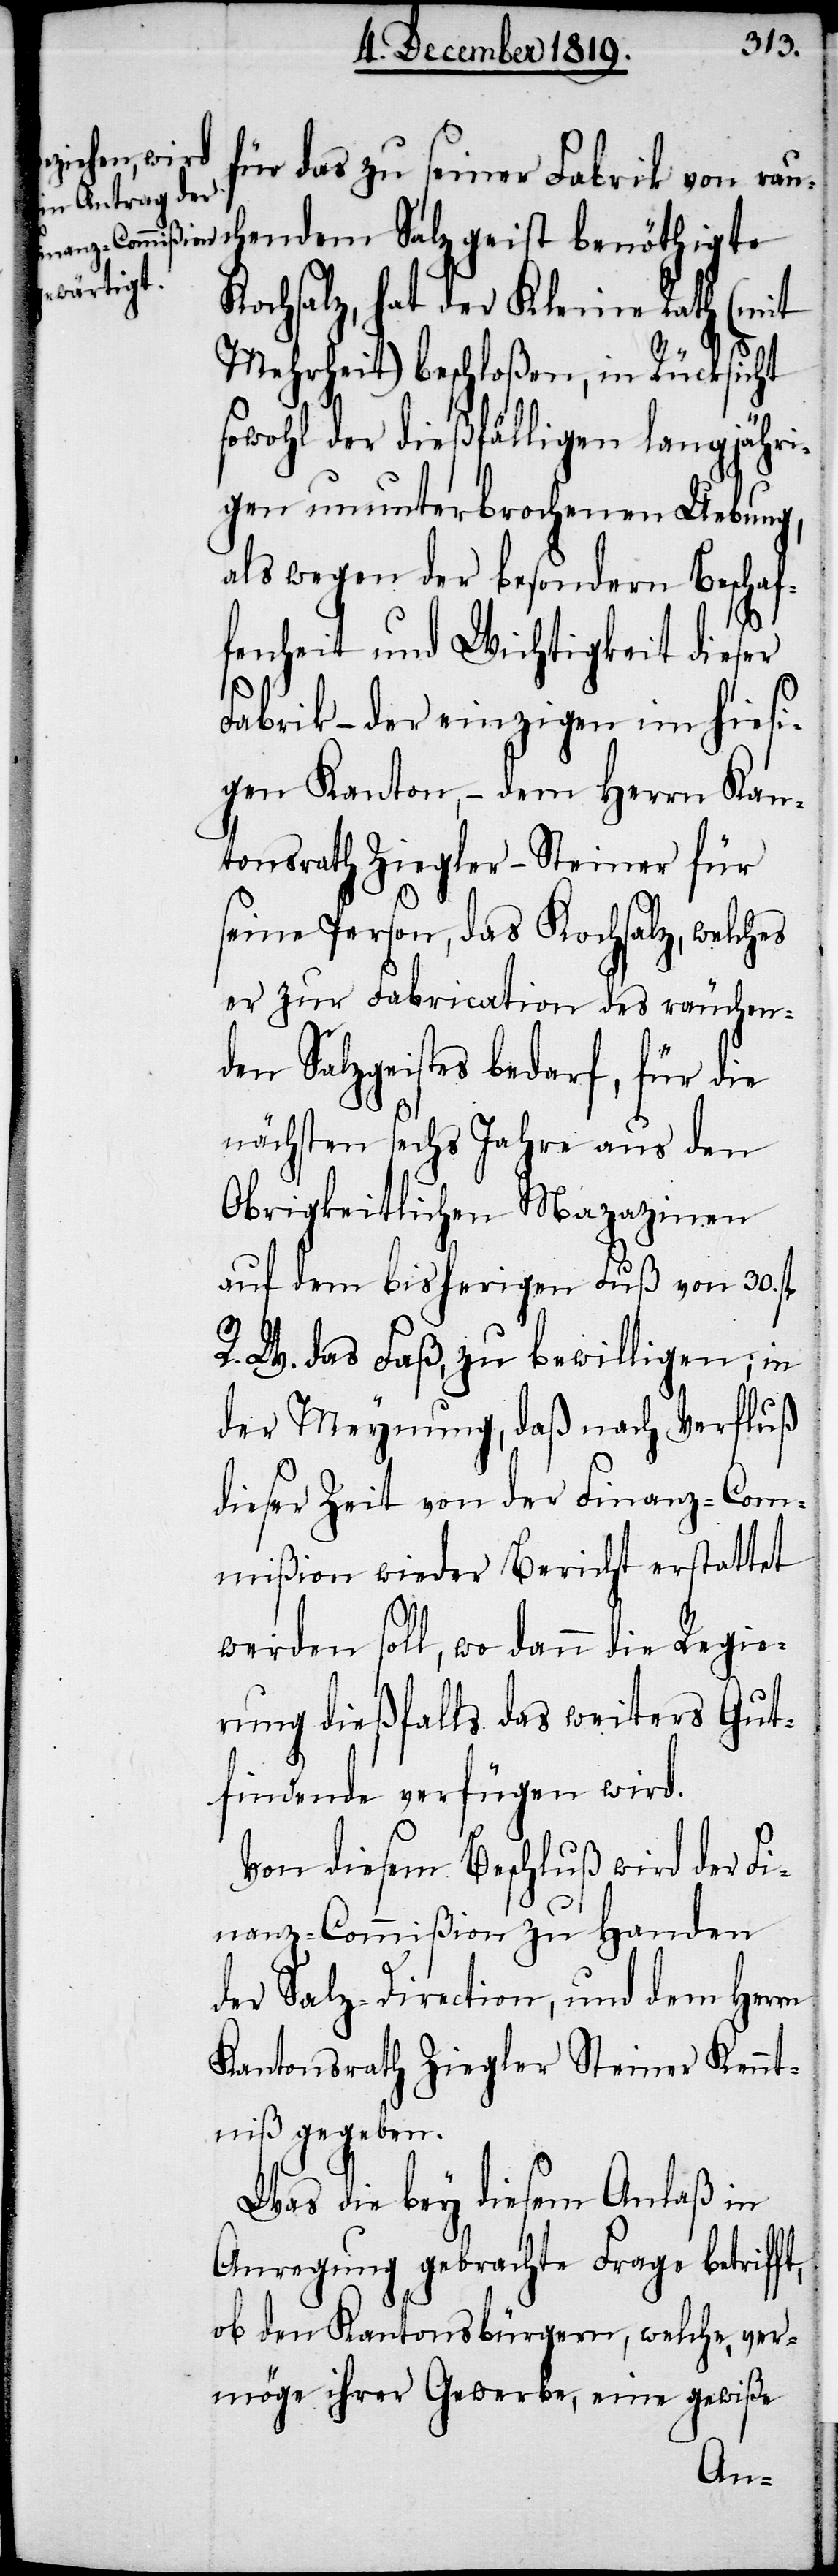
für das zu seiner Fabrik von r¬
auchendem Salzgeist benöthigte
Kochsalz, hat der Kleine Rath (mit
Mehrheit) beschloßen, in Rücksicht
sowohl der dießfälligen langjähri¬
gen ununterbrochenen Uebung,
als wegen der besondern Beschaf¬
fenheit und Wichtigkeit dieser
Fabrik – der einzigen im hiesi¬
gen Kanton, – dem Herrn Kan¬
tonsrath Ziegler-Steiner für
seine Person, das Kochsalz, welches
er zur Fabrication des räuchen¬
den Salzgeistes bedarf, für die
nächsten sechs Jahre aus den
Obrigkeitlichen Magazinen
auf dem bisherigen Fuß von 30. fl.
R. W. das Faß, zu bewilligen; in
der Meynung, daß nach Verfluß
dieser Zeit von der Finanz-Com¬
mißion wieder Bericht erstattet
werden soll, wo dann die Regie¬
rung dießfalls das weiters Gut¬
findende verfügen wird.
Von diesem Beschluß wird der Fi¬
nanz-Commißion zu Handen
der Salz-Direction, und dem Herrn
Kantonsrath Ziegler Steiner Kennt¬
niß gegeben.
Was die bey diesem Anlaß in
Anregung gebrachte Frage betrifft,
ob den Kantonsbürgern, welche, ver¬
möge ihrer Gewerbe, eine gewiße